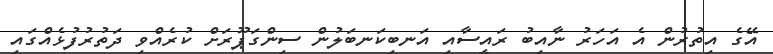
އޭގެ އިތުރުން އެ އަހަރު ނާއިބު ރައީސާއި އަނބިކަނބަލުން ސިންގަޕޫރަށް ކުރެއްވި ދަތުރުފުޅެއްގައި